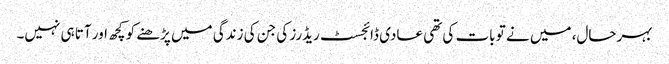
بہرحال، میں نے تو بات کی تھی عادی ڈائجسٹ ریڈرز کی جن کی زندگی میں پڑھنے کو کچھ اور آتا ہی نہیں۔